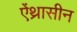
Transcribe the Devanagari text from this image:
ऐंथ्रासीन